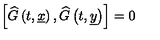
\left[ \widehat { G } \left( t , \underline { { x } } \right) , \widehat { G } \left( t , \underline { { y } } \right) \right] = 0